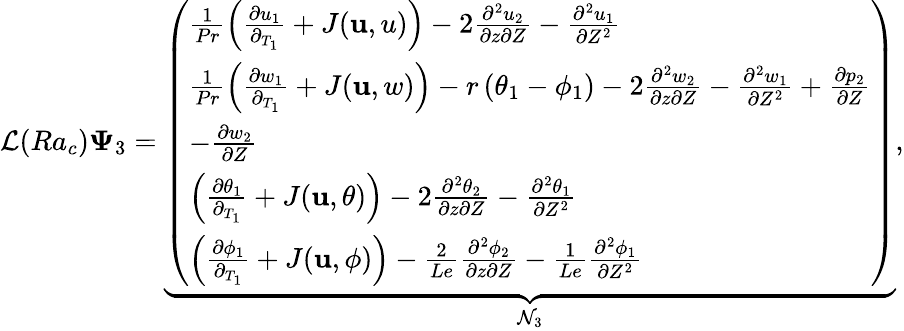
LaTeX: \mathcal{L}(Ra_{c})\mathbf{\Psi}_{3}=\underbrace{\left(\begin{array}{l}{\frac{1}{Pr}\left(\frac{\partial u_{1}}{\partial_{T_{1}}}+J(\mathbf{u},u)\right)-2\frac{\partial^{2}u_{2}}{\partial z\partial Z}-\frac{\partial^{2}u_{1}}{\partial Z^{2}}}\\ {\frac{1}{Pr}\left(\frac{\partial w_{1}}{\partial_{T_{1}}}+J(\mathbf{u},w)\right)-r\left(\theta_{1}-\phi_{1}\right)-2\frac{\partial^{2}w_{2}}{\partial z\partial Z}-\frac{\partial^{2}w_{1}}{\partial Z^{2}}+\frac{\partial p_{2}}{\partial Z}}\\ {-\frac{\partial w_{2}}{\partial Z}}\\ {\left(\frac{\partial\theta_{1}}{\partial_{T_{1}}}+J(\mathbf{u},\theta)\right)-2\frac{\partial^{2}\theta_{2}}{\partial z\partial Z}-\frac{\partial^{2}\theta_{1}}{\partial Z^{2}}}\\ {\left(\frac{\partial\phi_{1}}{\partial_{T_{1}}}+J(\mathbf{u},\phi)\right)-\frac{2}{Le}\frac{\partial^{2}\phi_{2}}{\partial z\partial Z}-\frac{1}{Le}\frac{\partial^{2}\phi_{1}}{\partial Z^{2}}}\end{array}\right)}_{\mathcal{N}_{3}},